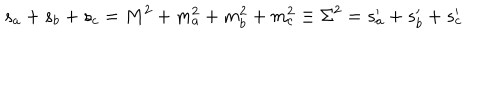
LaTeX: s _ { a } + s _ { b } + s _ { c } = M ^ { 2 } + m _ { a } ^ { 2 } + m _ { b } ^ { 2 } + m _ { c } ^ { 2 } \equiv \Sigma ^ { 2 } = s _ { a } ^ { \prime } + s _ { b } ^ { \prime } + s _ { c } ^ { \prime }